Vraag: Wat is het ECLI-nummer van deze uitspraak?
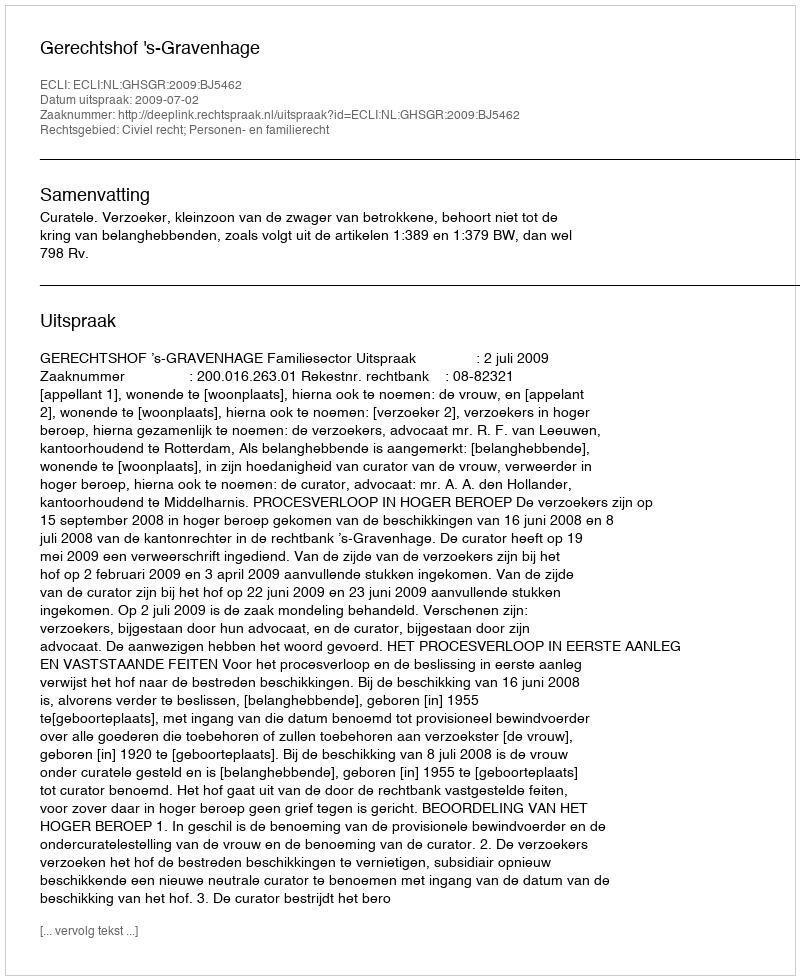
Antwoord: ECLI:NL:GHSGR:2009:BJ5462